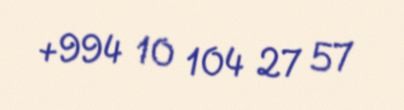
+994 10 104 27 57